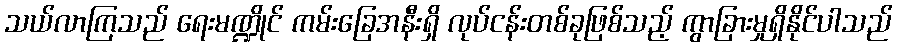
သယ်လာကြသည် ရေးမဏ္ဍိုင် ကမ်းခြေအနီးရှိ လုပ်ငန်းတစ်ခုဖြစ်သည့် ကွာခြားမှုရှိနိုင်ပါသည်